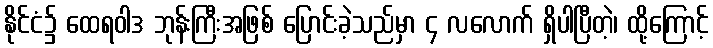
နိုင်ငံ၌ ထေရဝါဒ ဘုန်းကြီးအဖြစ် ပြောင်းခဲ့သည်မှာ ၄ လလောက် ရှိပါပြီတဲ့၊ ထို့ကြောင့်